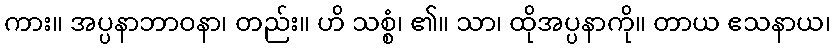
ကား။ အပ္ပနာဘာဝနာ၊ တည်း။ ဟိ သစ္စံ၊ ၏။ သာ၊ ထိုအပ္ပနာကို။ တာယ ဧသနာယ၊